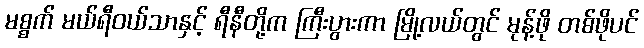
မစ္စက် မယ်ရီဝယ်သာနှင့် ရီနီတို့က ကြီးပွားကာ မြို့လယ်တွင် မုန့်ဖို တစ်ဖိုပင်